Problem: 2 + 48 = ?
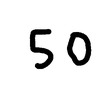
Handwritten answer: 50